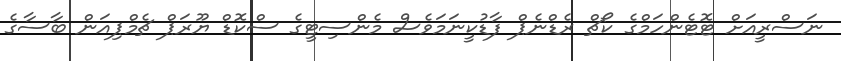
ނަސްރީއަށް ޓޮޓެންހަމްގެ ކޯޗް ރެޑްނެޕް ފާޑުކީނަމަވެސް މެންސިޓީގެ ސްކޮޑް ޔޫރަޕް ޗެމްޕިއަން ބާސާގެ